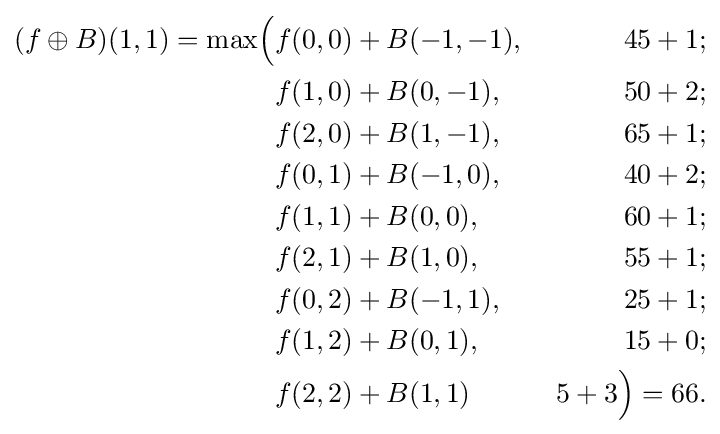
{\begin{aligned}(f\oplus B)(1,1)=\max \!{\Bigl (}&f(0,0)+B(-1,-1),&\;45+1;&\\&f(1,0)+B(0,-1),&\;50+2;&\\&f(2,0)+B(1,-1),&\;65+1;&\\&f(0,1)+B(-1,0),&\;40+2;&\\&f(1,1)+B(0,0),&\;60+1;&\\&f(2,1)+B(1,0),&\;55+1;&\\&f(0,2)+B(-1,1),&\;25+1;&\\&f(1,2)+B(0,1),&\;15+0;&\\&f(2,2)+B(1,1)&\;5+3{\Bigr )}=66.\end{aligned}}